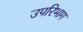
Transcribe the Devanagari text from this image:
उपरिभाग